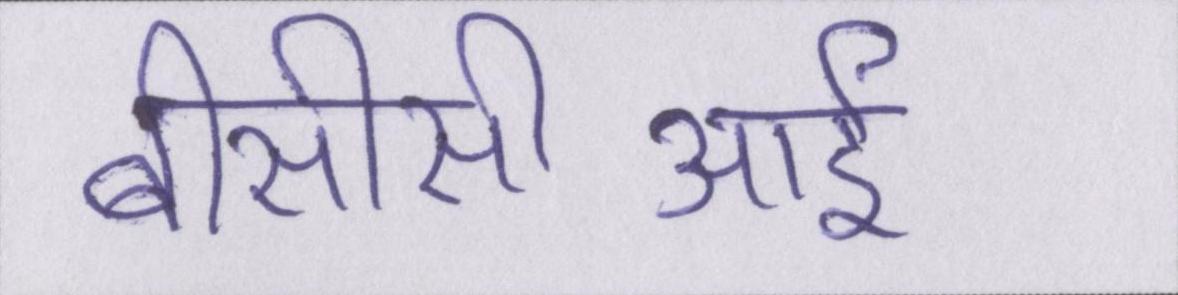
बीसीसीआई